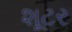
શૂટર